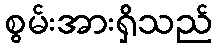
စွမ်းအားရှိသည်